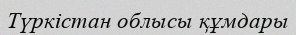
Түркістан облысы құмдары